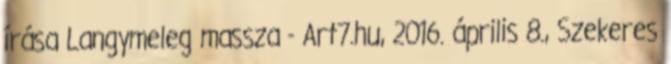
írása Langymeleg massza - Art7.hu, 2016. április 8., Szekeres